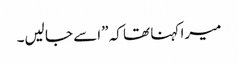
میرا کہنا تھا کہ ”اسے جا لیں۔